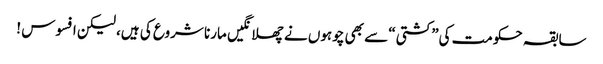
سابقہ حکومت کی”کشتی“ سے بھی چوہوں نے چھلانگیں مارنا شروع کی ہیں، لیکن افسوس !